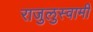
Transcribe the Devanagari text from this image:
राजुलुस्वामी